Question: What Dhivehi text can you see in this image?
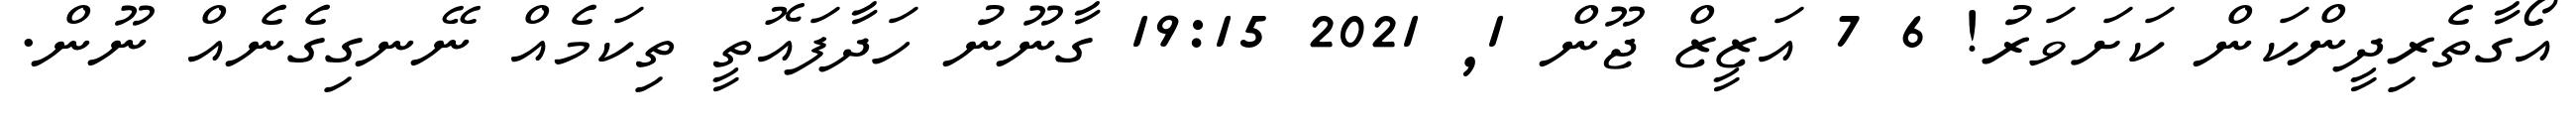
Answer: އޯގާތެރިދީންކަން ކަށަވަރު! 6 7 އަޒީޒް ޖޫން 1, 2021 19:15 ގާނޫނު ހަދާފައޮތީ ތިކަމެއް ނޭނގިގެނެއް ނޫން.